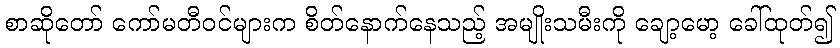
စာဆိုတော် ကော်မတီဝင်များက စိတ်နောက်နေသည့် အမျိုးသမီးကို ချော့မော့ ခေါ်ထုတ်၍